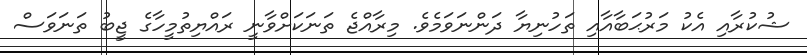
ޝުކުރާއި އެކު މަރުޙަބާއާއި ތަހުނިޔާ ދަންނަވަމެވެ. މިރާއްޖެ ތަނަކަށްވާނީ ރައްޔިތުމީހާގެ ޖީބު ތަނަވަސް